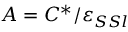
A = C ^ { * } / \varepsilon _ { S S l }